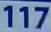
117